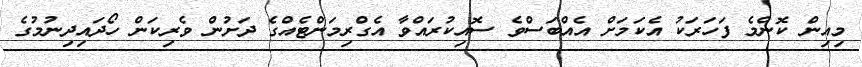
މިއިން ކޮންމެ ފަހަރަކު އެކަމަށް އެއްބަސްވެ ސޮއިކުރައްވާ އެގްރިމަންޓެއްގެ ދަށުން ވެރިކަން ހޯދައިދިނުމުގެ